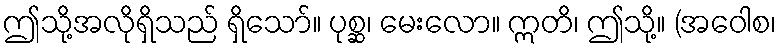
ဤသို့အလိုရှိသည် ရှိသော်။ ပုစ္ဆ၊ မေးလော။ ဣတိ၊ ဤသို့။ (အဝေါစ၊